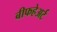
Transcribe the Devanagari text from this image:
बीफहेअर्ट